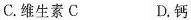
C. 维生素C D. 钙